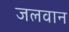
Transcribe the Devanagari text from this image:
जलवान